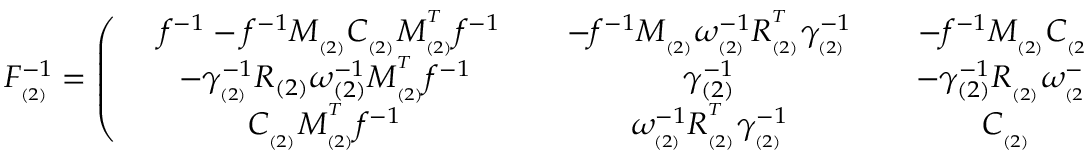
F _ { _ { ( 2 ) } } ^ { - 1 } = \left( \begin{array} { c c c } { { \ \; \; f ^ { - 1 } - f ^ { - 1 } M _ { _ { ( 2 ) } } C _ { _ { ( 2 ) } } M _ { _ { ( 2 ) } } ^ { ^ T } f ^ { - 1 } \; \; } } & { { \; \; - f ^ { - 1 } M _ { _ { ( 2 ) } } \omega _ { _ { ( 2 ) } } ^ { - 1 } R _ { _ { ( 2 ) } } ^ { ^ T } \gamma _ { _ { ( 2 ) } } ^ { - 1 } \; \; } } & { { \; \; - f ^ { - 1 } M _ { _ { ( 2 ) } } C _ { _ { ( 2 ) } } \; \; } } \\ { { - \gamma _ { _ { ( 2 ) } } ^ { - 1 } R _ { ( 2 ) } \omega _ { ( 2 ) } ^ { - 1 } M _ { _ { ( 2 ) } } ^ { ^ T } f ^ { - 1 } } } & { { \gamma _ { ( 2 ) } ^ { - 1 } } } & { { - \gamma _ { ( 2 ) } ^ { - 1 } R _ { _ { ( 2 ) } } \omega _ { _ { ( 2 ) } } ^ { - 1 } } } \\ { { C _ { _ { ( 2 ) } } M _ { _ { ( 2 ) } } ^ { ^ T } f ^ { - 1 } } } & { { \omega _ { _ { ( 2 ) } } ^ { - 1 } R _ { _ { ( 2 ) } } ^ { ^ T } \gamma _ { _ { ( 2 ) } } ^ { - 1 } } } & { { C _ { _ { ( 2 ) } } } } \end{array} \right) \; ,